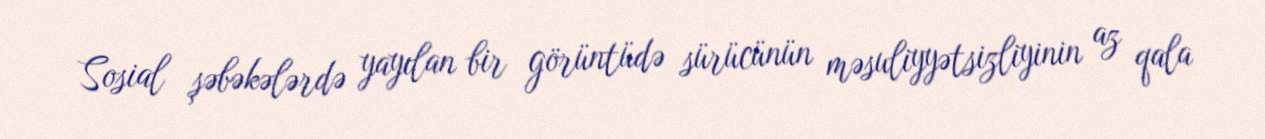
Sosial şəbəkələrdə yayılan bir görüntüdə sürücünün məsuliyyətsizliyinin az qala